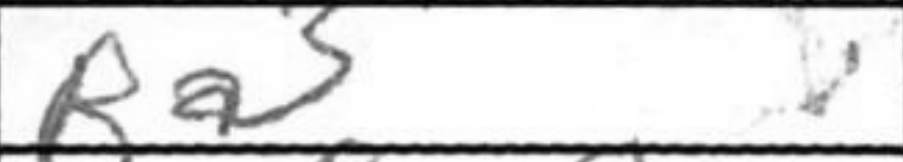
Transcription: Ra3